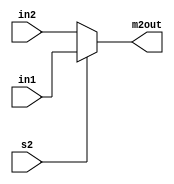
module MUX2 (in1, in2, s2, m2out);
input [2:0] in1, in2;
input s2;
output reg [2:0] m2out;
always @ (in1, in2, s2)
begin
if (s2)
m2out = in1;
else
m2out = in2;
end
endmodule //MUX2